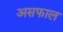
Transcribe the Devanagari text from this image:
असफाल